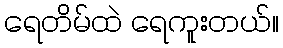
ရေတိမ်ထဲ ရေကူးတယ်။